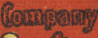
Company